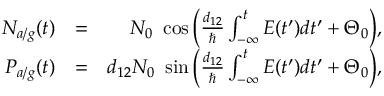
\begin{array} { r l r } { N _ { a / g } ( t ) } & { = } & { N _ { 0 } \ \cos \Big ( \frac { d _ { 1 2 } } { \hbar } \int _ { - \infty } ^ { t } E ( t ^ { \prime } ) d t ^ { \prime } + \Theta _ { 0 } \Big ) , } \\ { P _ { a / g } ( t ) } & { = } & { d _ { 1 2 } N _ { 0 } \ \sin \Big ( \frac { d _ { 1 2 } } { \hbar } \int _ { - \infty } ^ { t } E ( t ^ { \prime } ) d t ^ { \prime } + \Theta _ { 0 } \Big ) , } \end{array}